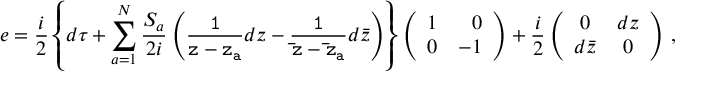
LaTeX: e = \frac { i } { 2 } \left\{ d \tau + \sum _ { a = 1 } ^ { N } \frac { S _ { a } } { 2 i } \left( { \tt \frac { 1 } { z - z _ { a } } } d z - { \tt \frac { 1 } { \bar { z } - \bar { z } _ { a } } } d \bar { z } \right) \right\} \left( \begin{array} { r r } { { 1 } } & { { 0 } } \\ { { 0 } } & { { - 1 } } \end{array} \right) + \frac { i } { 2 } \left( \begin{array} { c c } { { 0 } } & { { d z } } \\ { { d \bar { z } } } & { { 0 } } \end{array} \right) \, ,